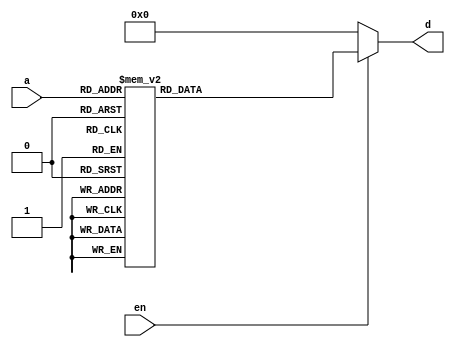
module top(input [3:0] a, input en, output [7:0] d);

always @*
	if (en)
		case(a)
			4'h0: d <= 8'h12;
			4'h1: d <= 8'h34;
			4'h2: d <= 8'h56;
			4'h3: d <= 8'h78;
			4'h4: d <= 8'h9a;
			4'h5: d <= 8'hbc;
			4'h6: d <= 8'hde;
			4'h7: d <= 8'hff;
			4'h8: d <= 8'h61;
			4'h9: d <= 8'h49;
			4'ha: d <= 8'h36;
			4'hb: d <= 8'h81;
			4'hc: d <= 8'h8c;
			default: d <= 8'h11;
		endcase
	else
		d <= 0;

endmodule